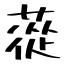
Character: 蓯